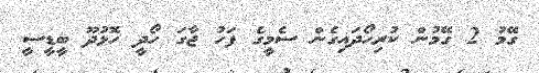
ގޭމު 2 ގޭމުން ކުރިހޯދައިގެން ސެމީގެ ފަހު ޖާގަ ހޯދީ ހޮޅުދޫ ބީޑީސީ